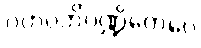
ဂဟပတိပဏ္ဍိတေပေ